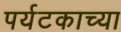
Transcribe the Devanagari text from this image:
पर्यटकाच्या